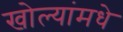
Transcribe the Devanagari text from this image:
खोल्यांमधे